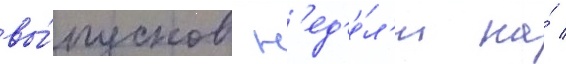
вы́пусков н'ед'е́л'и на́ /